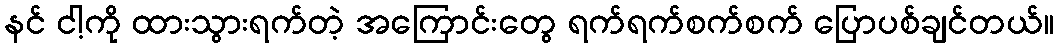
နင် ငါ့ကို ထားသွားရက်တဲ့ အကြောင်းတွေ ရက်ရက်စက်စက် ပြောပစ်ချင်တယ်။